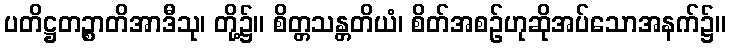
ပတိဋ္ဌတဉ္စာတိအာဒီသု၊ တို့၌။ စိတ္တသန္တတိယံ၊ စိတ်အစဉ်ဟုဆိုအပ်သောအနက်၌။